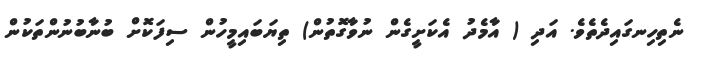
ނެތިހިނގައިދެތެވެ. އަދި ( އާމެދު އެކަށީގެން ނުވާގޮތުން) ތިޔަބައިމީހުން ސިފަކޮށް ބުނާބުނުންތަކުން